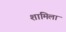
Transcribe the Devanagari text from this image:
शामिला